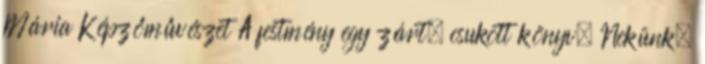
Mária Képzőművészet A festmény egy zárt, csukott könyv. Nekünk,